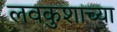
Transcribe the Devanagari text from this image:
लवकुशाच्या